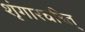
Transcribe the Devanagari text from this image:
शृंगारचरित्